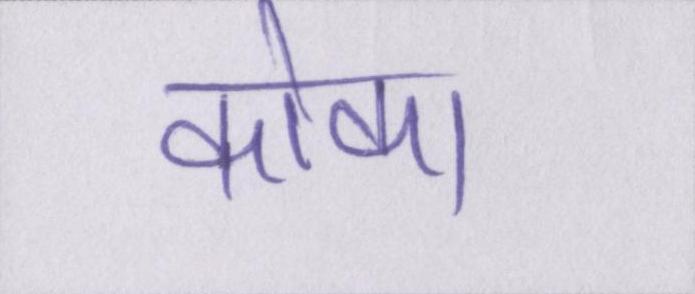
कोका